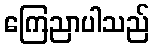
ကြေညာပါသည်